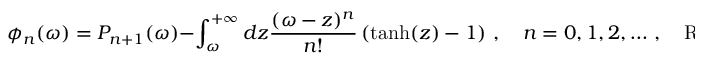
\phi _ { n } ( \omega ) = P _ { n + 1 } ( \omega ) - \int _ { \omega } ^ { + \infty } d z \frac { ( \omega - z ) ^ { n } } { n ! } \left( \operatorname { t a n h } ( z ) - 1 \right) \, , \quad n = 0 , 1 , 2 , \dots \, , \quad \mathrm { R e } ( \omega ) > 0 ,